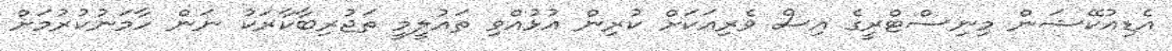
އެޑިއުކޭޝަން މިނިސްޓްރީގެ އިސް ވެރިއަކަށް ކުރިން އުޅުއްވި ތައުލީމީ ތަޖުރިބާކާރަކު ނަން ހާމަނުކުރުމަށް